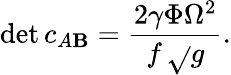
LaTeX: \operatorname*{det}c_{A\mathbf{B}}={\frac{{2\gamma\Phi\Omega^{2}}}{{f\, \sqrt{}{{g}}}}}.